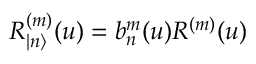
R _ { | n \rangle } ^ { ( m ) } ( u ) = b _ { n } ^ { m } ( u ) R ^ { ( m ) } ( u )